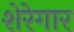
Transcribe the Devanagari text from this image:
शेरेगार